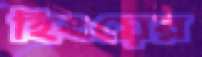
হিংয়ের